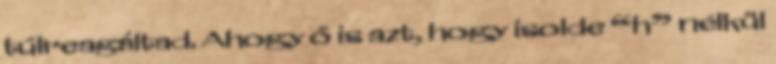
túlreagáltad. Ahogy ő is azt, hogy isolde “h” nélkül